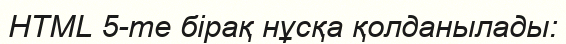
HTML 5-те бірақ нұсқа қолданылады: